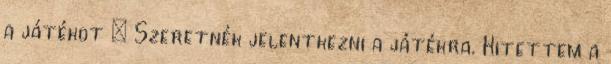
a játékot : Szeretnék jelentkezni a játékra. Kitettem a